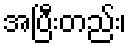
အပြီးတည်း၊